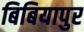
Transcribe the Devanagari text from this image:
बिबियापुर